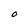
Character: 0